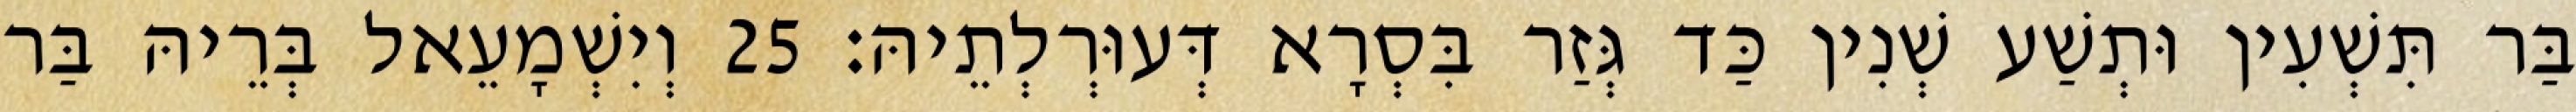
בַּר תִּשְׁעִין וּתְשַׁע שְׁנִין כַּד גְּזַר בִּסְרָא דְּעוּרְלְתֵיהּ׃ 25 וְיִשְׁמָעֵאל בְּרֵיהּ בַּר